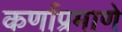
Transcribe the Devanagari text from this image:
कर्णाप्रमाणे